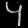
Digit: ၄